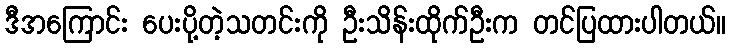
ဒီအကြောင်း ပေးပို့တဲ့သတင်းကို ဦးသိန်းထိုက်ဦးက တင်ပြထားပါတယ်။